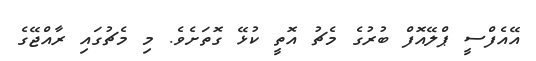
އޭއެފްސީ ޕްލޭއޮފް ބުރުގެ މެޗު އޮތީ ކުޅޭ ގޮތަށެވެ. މި މެޗުގައި ރާއްޖޭގެ